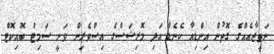
ނަތީޖާއެއްގެ ގޮތުން އިންޑިއާ ކެނެޑާ އަދި މޮރިޝަސްގެ އިސްވެރިން ވަނީ ސަމިޓް ބޮއިކޮޓް